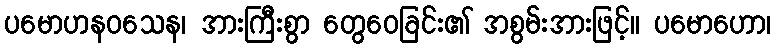
ပမောဟနဝသေန၊ အားကြီးစွာ တွေဝေခြင်း၏ အစွမ်းအားဖြင့်။ ပမောဟော၊